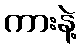
ကားနဲ့